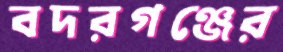
বদরগঞ্জের